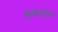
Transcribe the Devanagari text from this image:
बुण्डेस्टैग